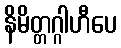
နိမိတ္တဂ္ဂါဟီပေ